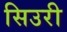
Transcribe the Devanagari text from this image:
सिउरी